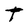
Character: t